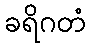
ခရိဂတံ